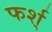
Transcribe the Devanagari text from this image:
फर्श्